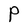
Character: P